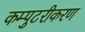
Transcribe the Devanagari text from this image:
कम्पुटरीकरण